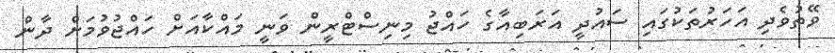
ވޭތުވެދި އަހަރުތަކުގައި ސައުދީ އަރަބިއާގެ ހައްޖު މިނިސްޓްރީން ވަނީ މައްކާއަށް ހައްޖުވުމަށް ދާން